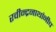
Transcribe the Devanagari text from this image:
रवीन्द्रनाथांनीच